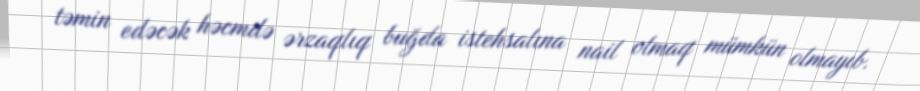
təmin edəcək həcmdə ərzaqlıq buğda istehsalına nail olmaq mümkün olmayıb.